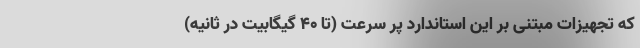
که تجهیزات مبتنی بر این استاندارد پر سرعت (تا 40 گیگابیت در ثانیه)